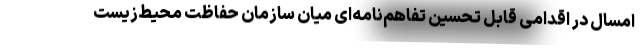
امسال در اقدامی قابل تحسین تفاهم‌نامه‌ای میان سازمان حفاظت محیط‌زیست